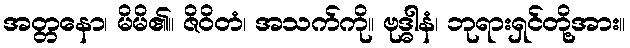
အတ္တနော၊ မိမိ၏။ ဇိဝိတံ၊ အသက်ကို။ ဗုဒ္ဓါနံ၊ ဘုရားရှင်တို့အား။